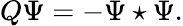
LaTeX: Q\Psi=-\Psi\star\Psi.